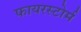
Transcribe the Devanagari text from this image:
फायरस्टोर्म